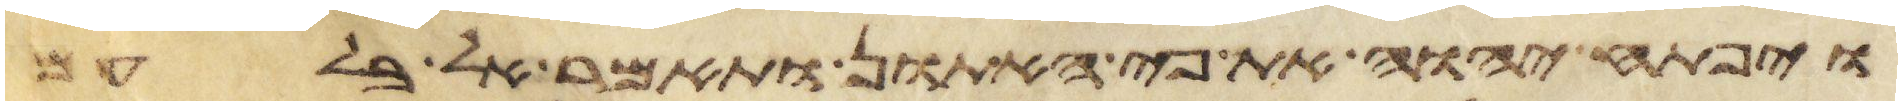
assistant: ויפתח יהוה את פי האתון ותאמר אל בלעם